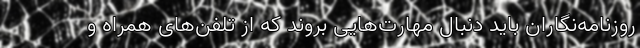
روزنامه‌نگاران باید دنبال مهارت‌هایی بروند که از تلفن‌های همراه و